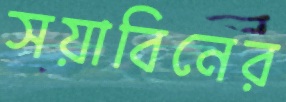
সয়াবিনের